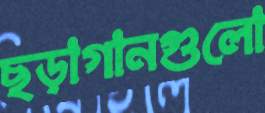
ছড়াগানগুলো